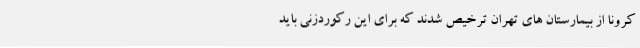
کرونا از بیمارستان های تهران ترخیص شدند که برای این رکوردزنی باید